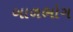
બાળભોગ